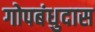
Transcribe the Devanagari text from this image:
गोपबंधुदास